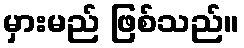
မှားမည် ဖြစ်သည်။